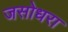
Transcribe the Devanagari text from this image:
जसोधरा